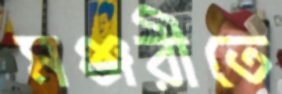
মঞ্জরীতে